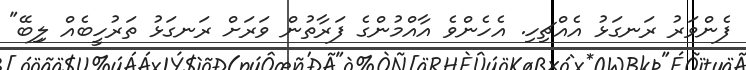
ފެންވަރު ރަނގަޅު އެއްޗިހި. އެހެންވެ އާއްމުންގެ ފަރާތުން ވަރަށް ރަނގަޅު ތަރުހީބެއް ލިިބޭ"